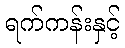
ရက်ကန်းနှင့်